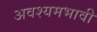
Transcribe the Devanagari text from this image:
अवश्यमभावी